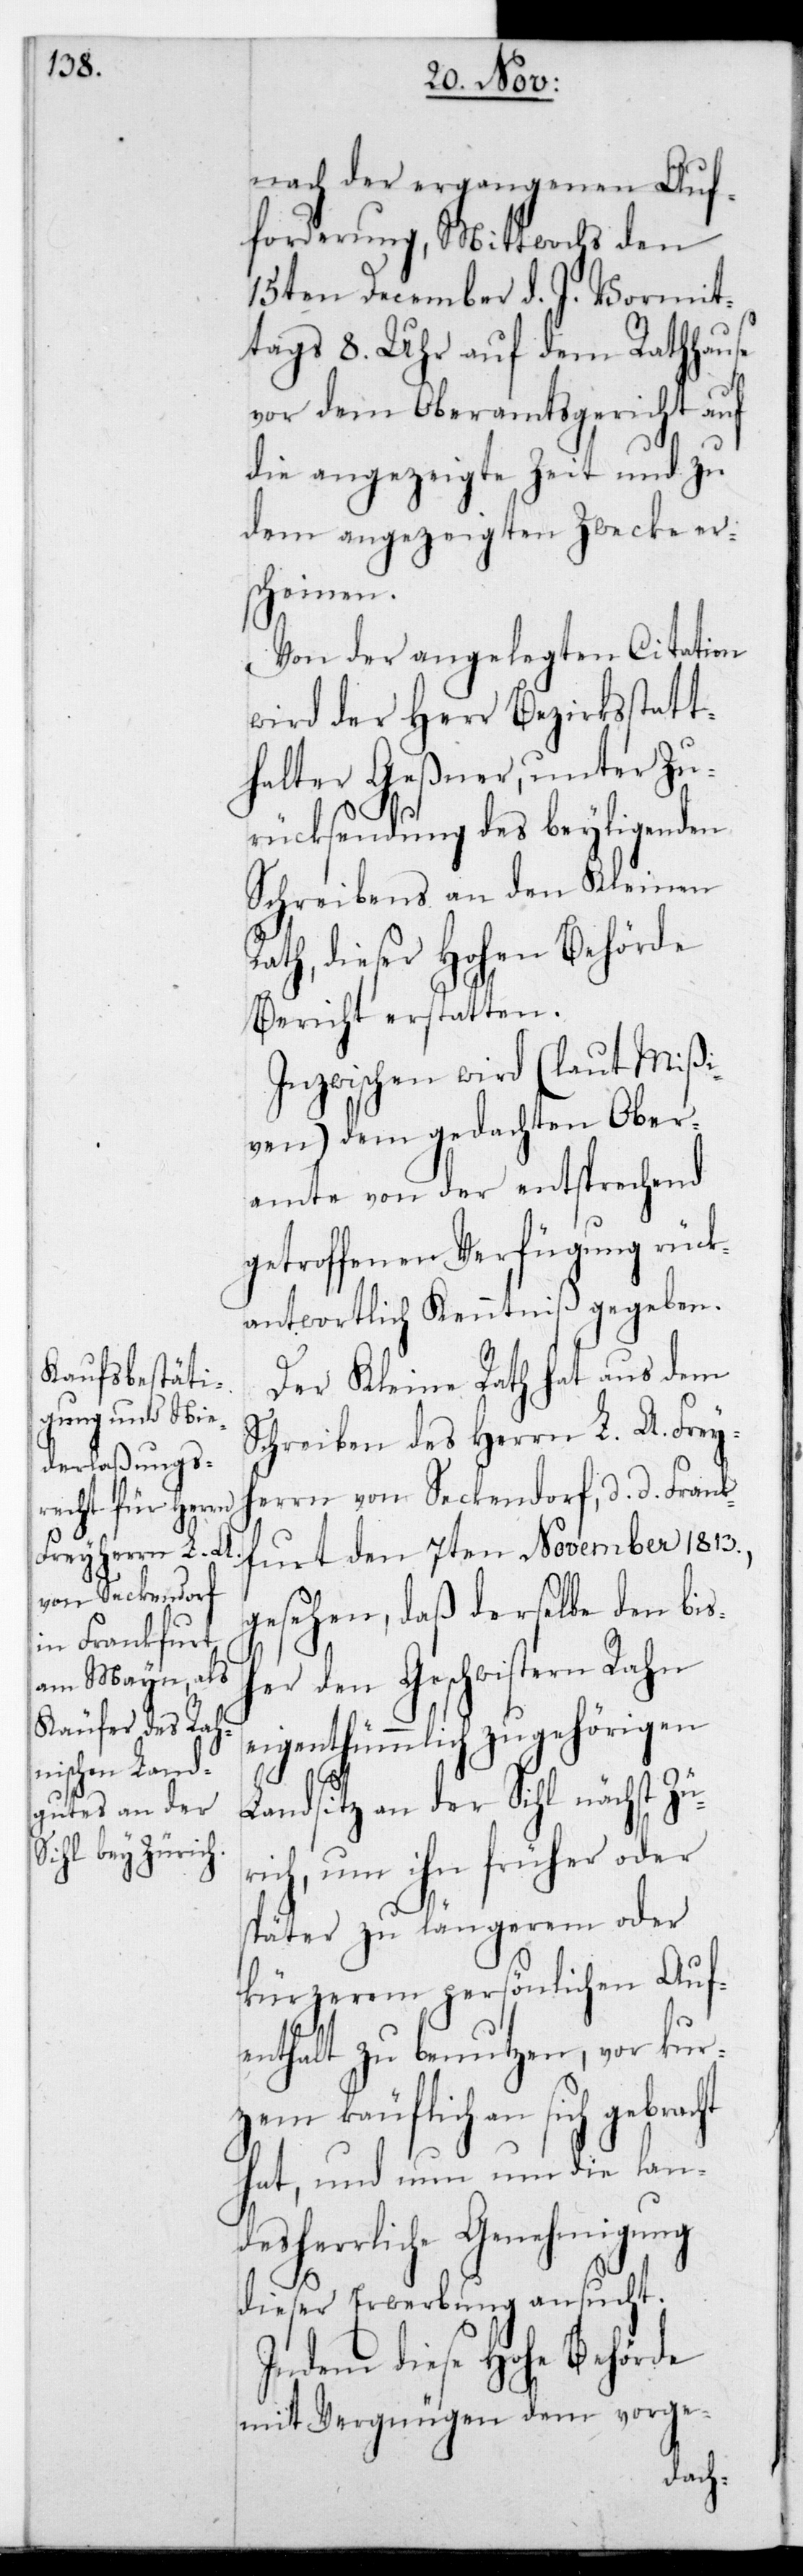
nach der ergangenen Auf¬
forderung, Mittwochs den
15ten December d. J. vormit¬
tags 8. Uhr auf dem Rathhause
vor dem Oberamtsgericht auf
die angezeigte Zeit und zu
dem angezeigten Zwecke er¬
scheinen.
Von der angelegten Citation
wird der Herr Bezirksstatt¬
halter Geßner, unter Zu¬
rücksendung des beyliegenden
Schreibens an den Kleinen
Rath, dieser Hohen Behörde
Bericht erstatten.
Inzwischen wird (laut Mißi¬
ven) dem gedachten Ober¬
amte von der entsprechend
getroffenen Verfügung rück¬
antwortlich Kenntniß gegeben.
Der Kleine Rath hat aus dem
Schreiben des Herrn L. A. Frey¬
herrn von Seckendorf, d. d. Frank¬
furt den 7ten November 1813.,
gesehen, daß derselbe den bis¬
her den Geschwistern Rahn
eigenthümlich zugehörigen
Landsitz an der Sihl nächst Zü¬
rich, um ihn früher oder
später zu längerem oder
kürzerem persönlichen Auf¬
enthalt zu benutzen, vor Kur¬
zem käuflich an sich
hat, und nun um die lan¬
desherrliche Genehmigung
dieser Erwerbung ansucht.
Indem diese Hohe Behörde
mit Vergnügen dem vorge-